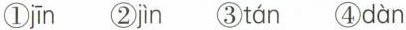
①jīn ②jìn ③tán ④dàn